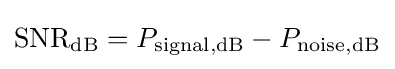
\mathrm {SNR_{dB}} ={P_{\mathrm {signal,dB} }-P_{\mathrm {noise,dB} }}